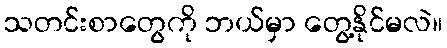
သတင်းစာတွေကို ဘယ်မှာ တွေ့နိုင်မလဲ။